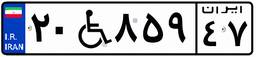
۵۴W۸۵۱۳۰